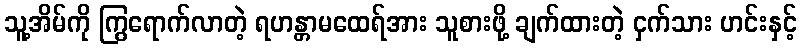
သူ့အိမ်ကို ကြွရောက်လာတဲ့ ရဟန္တာမထေရ်အား သူစားဖို့ ချက်ထားတဲ့ ငှက်သား ဟင်းနှင့်